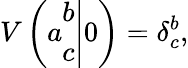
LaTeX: V\left(\left.a\begin{array}{c}{{b}}\\ {{c}}\end{array}\right|0\right)=\delta_{c}^{b},